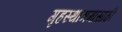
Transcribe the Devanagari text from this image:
गृहस्थाश्रमासाठी